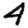
Digit: 4